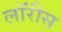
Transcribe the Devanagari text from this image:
लॉरीस